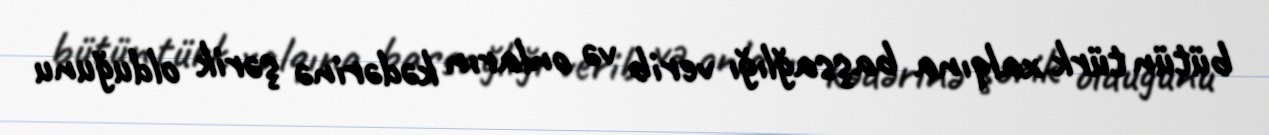
bütün türk xalqına başsağlığı verib və onların kədərinə şərik olduğunu